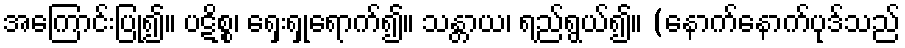
အကြောင်းပြု၍။ ပဋိစ္စ၊ ရှေးရှုရောက်၍။ သန္တာယ၊ ရည်ရွယ်၍။ (နောက်နောက်ပုဒ်သည်